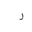
Letter: _ra